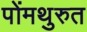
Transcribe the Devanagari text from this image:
पोंमथुरुत